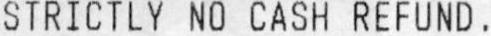
STRICTLY NO CASH REFUND .